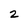
Character: z